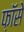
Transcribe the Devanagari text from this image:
फ़ॉसे